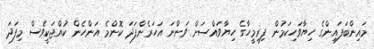
މައިންބަފައިންގެ ހިޔާވަހިކަމުން ފިރިމީހާގެ ހިޔާވައްސަށް ވަންނަ އަހަރެންފަދަ ކޮންމެ އަންހެން ކުއްޖަކީވެސް މިފަދަ